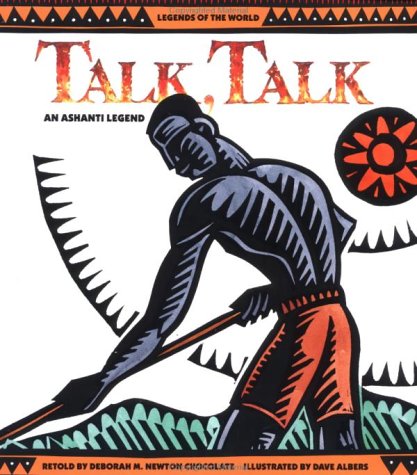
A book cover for Talk, Talk: An Ashanti Legend; Deborah Chocolate; Children's Books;